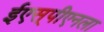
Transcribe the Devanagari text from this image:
ईएस्‌पीएनला